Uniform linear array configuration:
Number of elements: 16
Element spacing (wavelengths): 0.75
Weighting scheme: hann
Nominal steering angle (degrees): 15
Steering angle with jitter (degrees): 13.768
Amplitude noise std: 0.05
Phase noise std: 0.05

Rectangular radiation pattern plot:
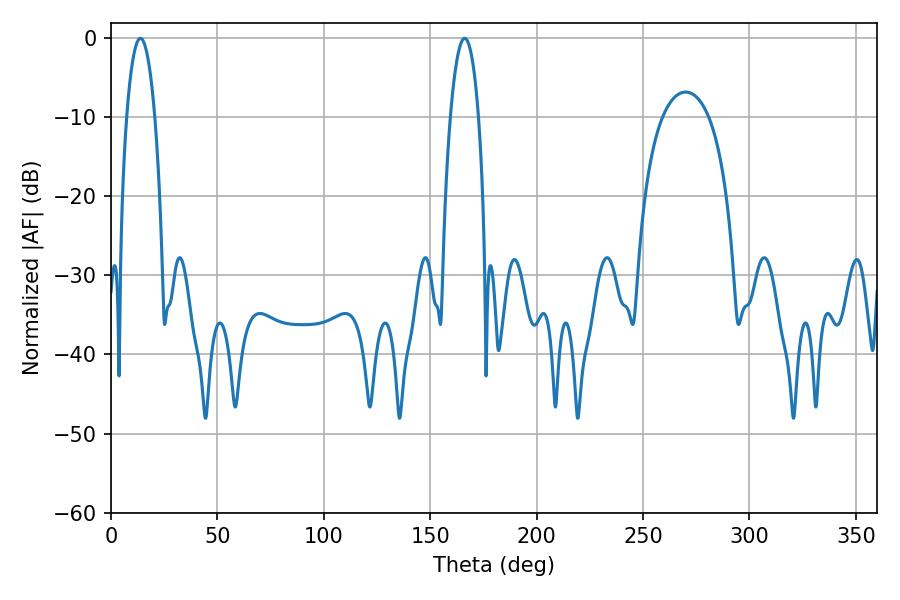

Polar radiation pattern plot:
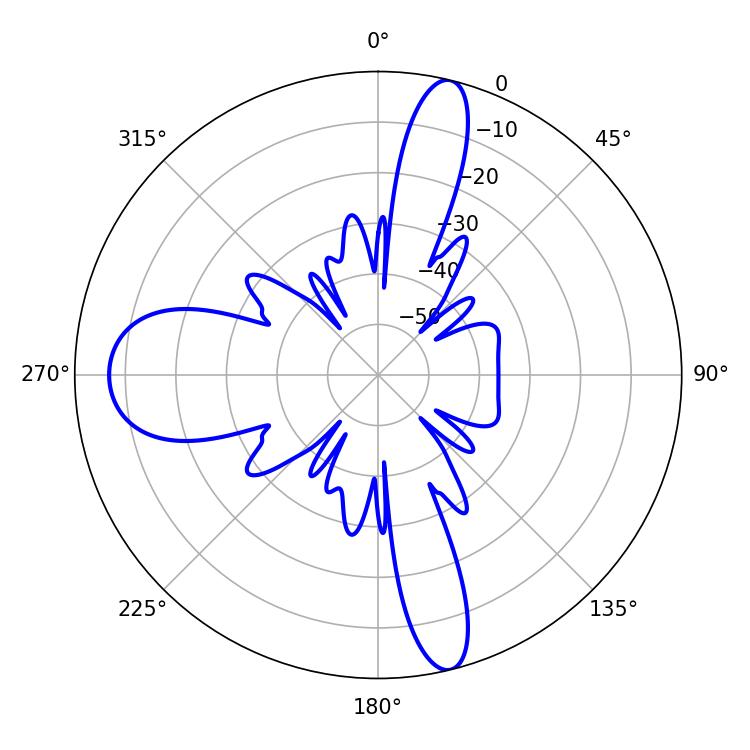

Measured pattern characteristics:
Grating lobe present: TRUE
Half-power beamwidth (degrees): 7.56
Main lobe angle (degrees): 166.14